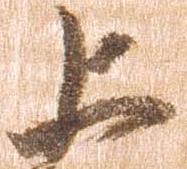
上